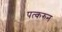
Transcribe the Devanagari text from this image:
पत्‍करुन